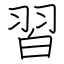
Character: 習